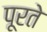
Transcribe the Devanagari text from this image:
पूरते